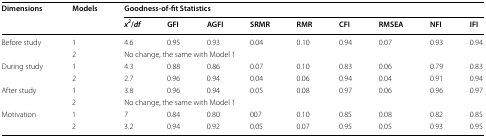
<table><thead><tr><td rowspan="2"><b>Dimensions</b></td><td rowspan="2"><b>Models</b></td><td colspan="9"><b>Goodness-of-fit Statistics</b></td></tr><tr><td><b><i>x</i><sup><i>2</i></sup>/<i>df</i></b></td><td><b>GFI</b></td><td><b>AGFI</b></td><td><b>SRMR</b></td><td><b>RMR</b></td><td><b>CFI</b></td><td><b>RMSEA</b></td><td><b>NFI</b></td><td><b>IFI</b></td></tr></thead><tbody><tr><td rowspan="2">Before study</td><td>1</td><td>4.6</td><td>0.95</td><td>0.93</td><td>0.04</td><td>0.10</td><td>0.94</td><td>0.07</td><td>0.93</td><td>0.94</td></tr><tr><td>2</td><td colspan="9">No change, the same with Model 1</td></tr><tr><td rowspan="2">During study</td><td>1</td><td>4.3</td><td>0.88</td><td>0.86</td><td>0.07</td><td>0.10</td><td>0.83</td><td>0.06</td><td>0.79</td><td>0.83</td></tr><tr><td>2</td><td>2.7</td><td>0.96</td><td>0.94</td><td>0.04</td><td>0.06</td><td>0.94</td><td>0.04</td><td>0.91</td><td>0.94</td></tr><tr><td rowspan="2">After study</td><td>1</td><td>3.8</td><td>0.96</td><td>0.94</td><td>0.05</td><td>0.08</td><td>0.97</td><td>0.06</td><td>0.96</td><td>0.97</td></tr><tr><td>2</td><td colspan="9">No change, the same with Model 1</td></tr><tr><td rowspan="2">Motivation</td><td>1</td><td>7</td><td>0.84</td><td>0.80</td><td>007</td><td>0.10</td><td>0.85</td><td>0.08</td><td>0.82</td><td>0.85</td></tr><tr><td>2</td><td>3.2</td><td>0.94</td><td>0.92</td><td>0.05</td><td>0.07</td><td>0.95</td><td>0.05</td><td>0.93</td><td>0.95</td></tr></tbody></table>